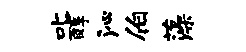
叱醇沁伯藻